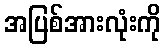
အပြစ်အားလုံးကို